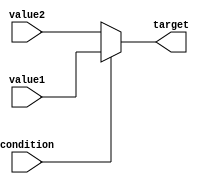
module conditional_assignment (
    input wire condition,       // Boolean condition
    input wire [7:0] value1,   // First value to assign if condition is true
    input wire [7:0] value2,   // Second value to assign if condition is false
    output reg [7:0] target     // Target variable for assignment
);

// Behavioral modeling using conditional operator
always @(*) begin
    target = condition ? value1 : value2; // Conditional assignment
end

endmodule